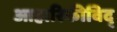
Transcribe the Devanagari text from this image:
आहारिकीविद्